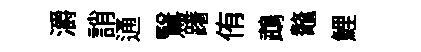
灂誚通鷖躇侑鵡鼇鯉